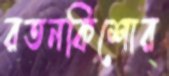
রতনকিশোর